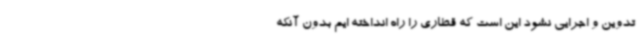
تدوین و اجرایی نشود این است که قطاری را راه انداخته ایم بدون آنکه